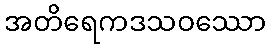
အတိရေကဒသဝဿော